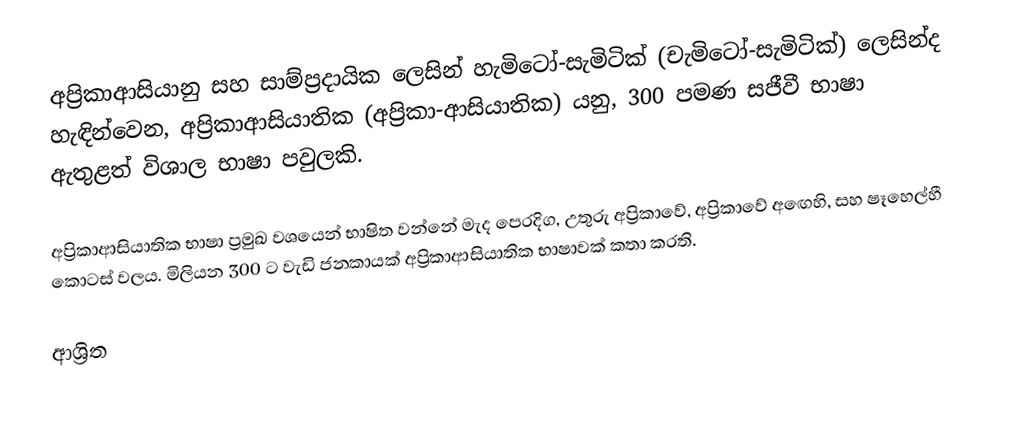
අප්‍රිකාආසියානු සහ සාම්ප්‍රදායික ලෙසින් හැමිටෝ-සැමිටික් (චැමිටෝ-සැමිටික්) ලෙසින්ද හැඳින්වෙන, අප්‍රිකාආසියාතික (අප්‍රිකා-ආසියාතික) යනු, 300 පමණ සජීවී භාෂා ඇතුළත් විශාල  භාෂා පවුලකි.

අප්‍රිකාආසියාතික භාෂා ප්‍රමුඛ වශයෙන් භාෂිත වන්නේ මැද පෙරදිග, උතුරු අප්‍රිකාවේ, අප්‍රිකාවේ අඟෙහි, සහ  ෂෑහෙල්හී කොටස් වලය. මිලියන 300 ට වැඩි ජනකායක් අප්‍රිකාආසියාතික භාෂාවක් කතා කරති.

ආශ්‍රිත